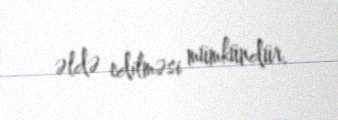
əldə edilməsi mümkündür.